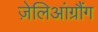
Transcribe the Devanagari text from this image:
ज़ेलिआंग्रौंग